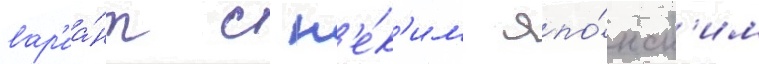
вар'иа́нт с н'е́к'им япо́нск'им